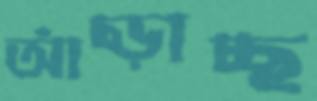
আঁচ্‌ড়াচ্ছ